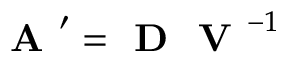
\textbf { A } ^ { \prime } = \textbf { D } \textbf { V } ^ { - 1 }